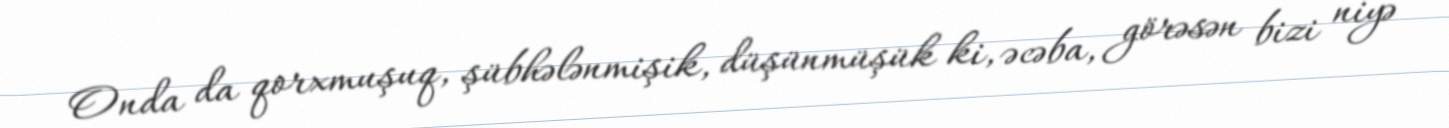
Onda da qorxmuşuq, şübhələnmişik, düşünmüşük ki, əcəba, görəsən bizi niyə